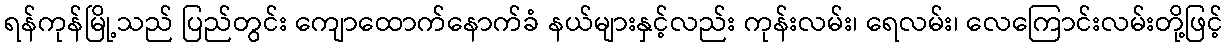
ရန်ကုန်မြို့သည် ပြည်တွင်း ကျောထောက်နောက်ခံ နယ်များနှင့်လည်း ကုန်းလမ်း၊ ရေလမ်း၊ လေကြောင်းလမ်းတို့ဖြင့်